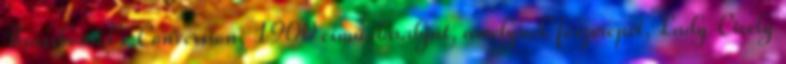
Brassbound's Conversion, 1900 című darabját, amelynek főszerepét, Lady Cicely